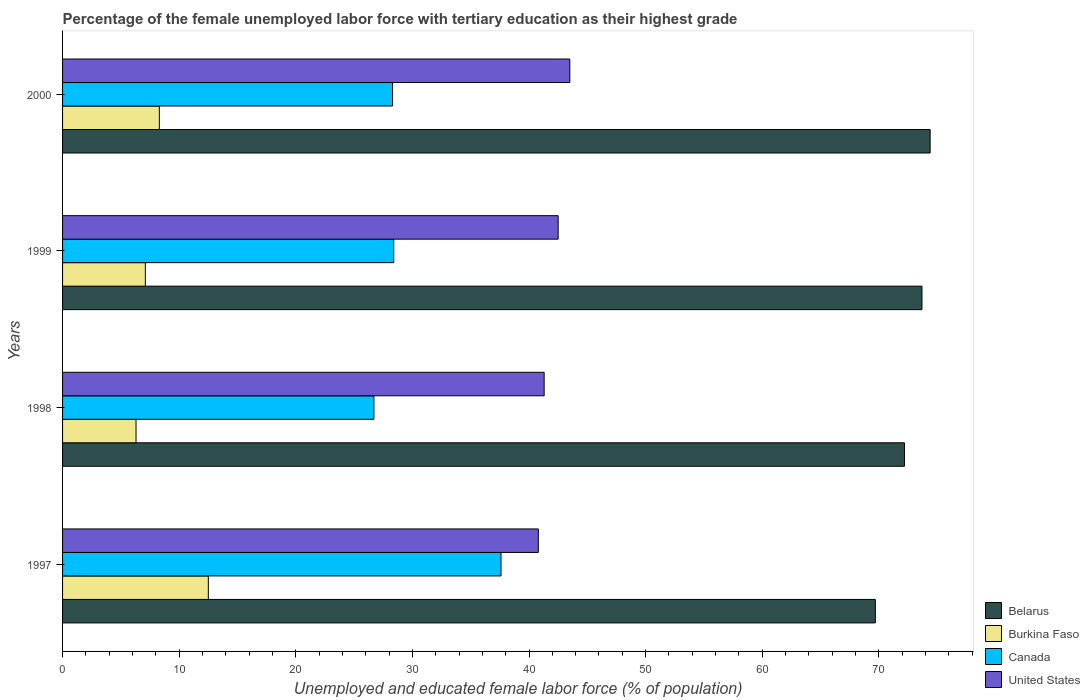
| Years | Belarus | Burkina Faso | Canada | United States |
 | --- | --- | --- | --- | --- |
 | 1997 | 69.7 | 12.5 | 37.6 | 40.8 |
 | 1998 | 72.2 | 6.3 | 26.7 | 41.3 |
 | 1999 | 73.7 | 7.1 | 28.4 | 42.5 |
 | 2000 | 74.4 | 8.3 | 28.3 | 43.5 |